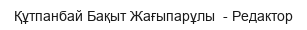
Құтпанбай Бақыт Жағыпарұлы  - Редактор